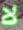
لا